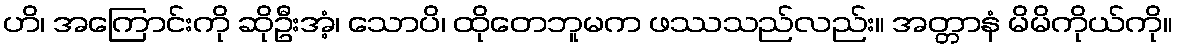
ဟိ၊ အကြောင်းကို ဆိုဦးအံ့၊ သောပိ၊ ထိုတေဘူမက ဖဿသည်လည်း။ အတ္တာနံ မိမိကိုယ်ကို။